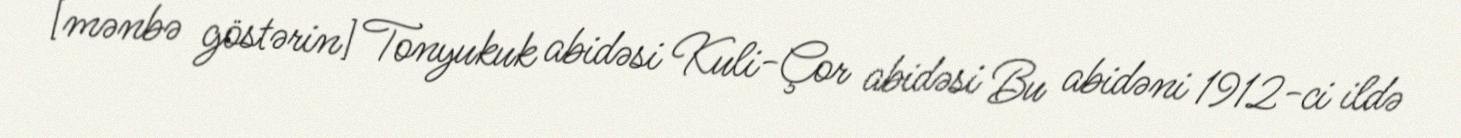
[mənbə göstərin] Tonyukuk abidəsi Kuli-Çor abidəsi Bu abidəni 1912-ci ildə